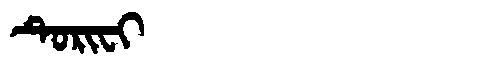
Manchu: ᡨᡠᡵᡳᠸᡳ
Romanization: TURIFI